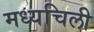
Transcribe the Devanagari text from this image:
मध्यचिली